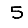
Digit: 5